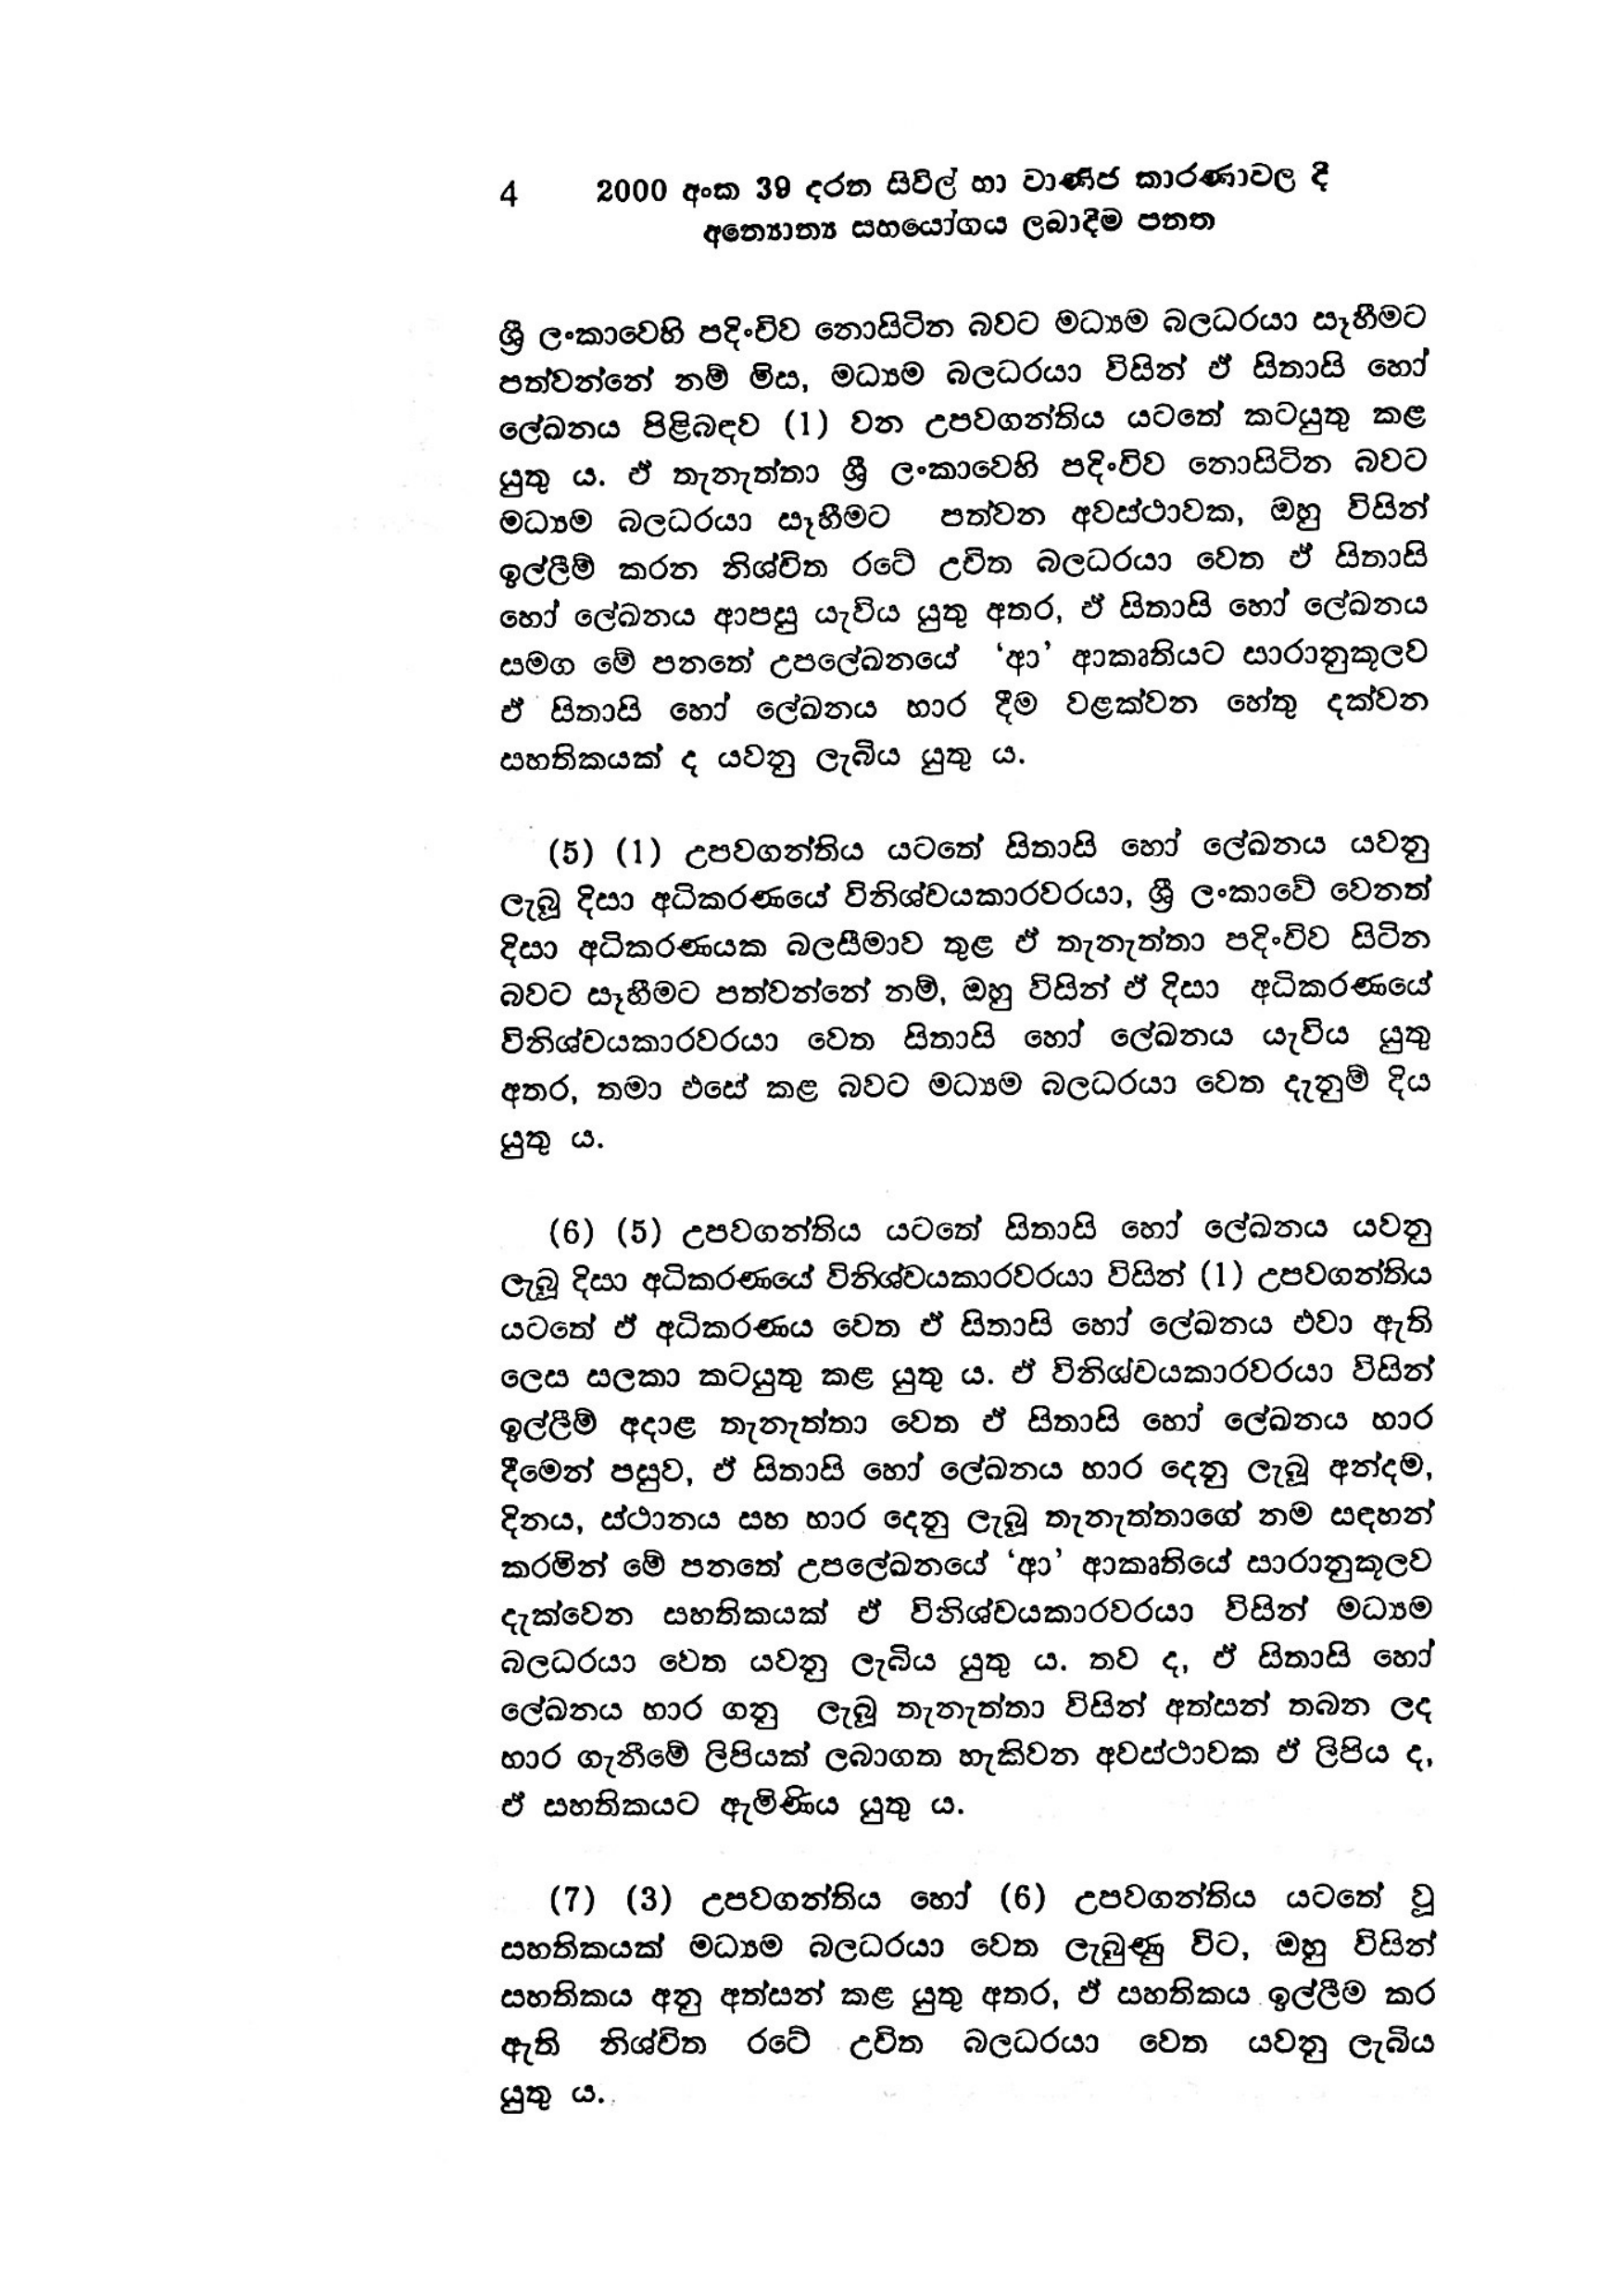
4 2000 අංක 39 දරන සිවිල් හා වාණිජ කාරණාවල දී
අන්‍යොන්‍ය සහයෝගය ලබාදීම පනත

ශ්‍රී ලංකාවෙහි පදිංචිව නොසිටින බවට මධ්‍යම බලධරයා සෑහීමට
පත්වන්නේ නම් මිස, මධ්‍යම බලධරයා විසින් ඒ සිතාසි හෝ
ලේඛනය පිළිබඳව (1) වන උපවගන්තිය යටතේ කටයුතු කළ
යුතු ය. ඒ තැනැත්තා ශ්‍රී ලංකාවෙහි පදිංචිව නොසිටින බවට
මධ්‍යම බලධරයා සෑහීමට පත්වන අවස්ථාවක, ඔහු විසින්
ඉල්ලීම් කරන නිශ්චිත රටේ උචිත බලධරයා වෙත ඒ සිතාසි
හෝ ලේඛනය ආපසු යැවිය යුතු අතර, ඒ සිතාසි හෝ ලේඛනය
සමග මේ පනතේ උපලේඛනයේ ‛ආ' ආකෘතියට සාරානුකූලව
ඒ සිතාසි හෝ ලේඛනය භාර දීම වළක්වන හේතු දක්වන
සහතිකයක් ද යවනු ලැබිය යුතු ය.

(5) (1) උපවගන්තිය යටතේ සිතාසි හෝ ලේඛනය යවනු
ලැබූ දිසා අධිකරණයේ විනිශ්චයකාරවරයා, ශ්‍රී ලංකාවේ වෙනත්
දිසා අධිකරණයක බලසීමාව තුළ ඒ තැනැත්තා පදිංචිව සිටින
බවට සෑහීමට පත්වන්නේ නම්, ඔහු විසින් ඒ දිසා අධිකරණයේ
විනිශ්චයකාරවරයා වෙත සිතාසි හෝ ලේඛනය යැවිය යුතු
අතර, තමා එසේ කළ බවට මධ්‍යම බලධරයා වෙත දැනුම් දිය
යුතු ය.

(6) (5) උපවගන්තිය යටතේ සිතාසි හෝ ලේඛනය යවනු
ලැබූ දිසා අධිකරණයේ විනිශ්චයකාරවරයා විසින් (1) උපවගන්තිය
යටතේ ඒ අධිකරණය වෙත ඒ සිතාසි හෝ ලේඛනය එවා ඇති
ලෙස සලකා කටයුතු කළ යුතු ය. ඒ විනිශ්චයකාරවරයා විසින්
ඉල්ලීම් අදාළ තැනැත්තා වෙත ඒ සිතාසි හෝ ලේඛනය භාර
දීමෙන් පසුව, ඒ සිතාසි හෝ ලේඛනය භාර දෙනු ලැබූ අන්දම,
දිනය, ස්ථානය සහ භාර දෙනු ලැබූ තැනැත්තාගේ නම සඳහන්
කරමින් මේ පනතේ උපලේඛනයේ ‘ආ’ ආකෘතියේ සාරානුකූලව
දැක්වෙන සහතිකයක් ඒ විනිශ්චයකාරවරයා විසින් මධ්‍යම
බලධරයා වෙත යවනු ලැබිය යුතු ය. තව ද, ඒ සිතාසි හෝ
ලේඛනය භාර ගනු ලැබූ තැනැත්තා විසින් අත්සන් තබන ලද
භාර ගැනීමේ ලිපියක් ලබාගත හැකිවන අවස්ථාවක ඒ ලිපිය ද,
ඒ සහතිකයට ඇමිණිය යුතු ය.

(7) (3) උපවගන්තිය හෝ (6) උපවගන්තිය යටතේ වූ
සහතිකයක් මධ්‍යම බලධරයා වෙත ලැබුණු විට, ඔහු විසින්
සහතිකය අනු අත්සන් කළ යුතු අතර, ඒ සහතිකය ඉල්ලීම කර
ඇති නිශ්චිත රටේ උචිත බලධරයා වෙත යවනු ලැබිය
යුතු ය.